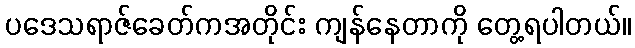
ပဒေသရာဇ်ခေတ်ကအတိုင်း ကျန်နေတာကို တွေ့ရပါတယ်။